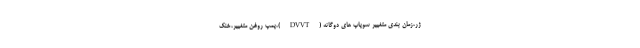
ژر،زمان بندی متغییر سوپاپ های دوگانه ( DVVT )،پمپ روغن متغییر،خنک